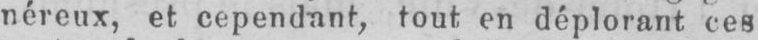
néreux, et cependant, tout en déplorant ces